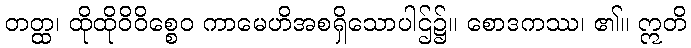
တတ္ထ၊ ထိုထိုဝိဝိစ္စေဝ ကာမေဟိအစရှိသောပါဌ်၌။ စောဒကဿ၊ ၏။ ဣတိ